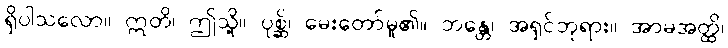
ရှိပါသလော။ ဣတိ၊ ဤသို့။ ပုစ္ဆိ၊ မေးတော်မူ၏။ ဘန္တေ၊ အရှင်ဘုရား။ အာမအတ္ထိ၊